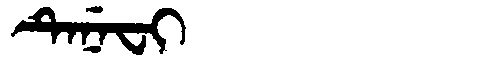
Manchu: ᡨᡝᠨᡝᠸᡳ
Romanization: TENEFI